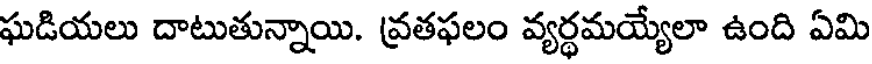
ఘడియలు దాటుతున్నాయి. వ్రతఫలం వ్యర్థమయ్యేలా ఉంది ఏమి